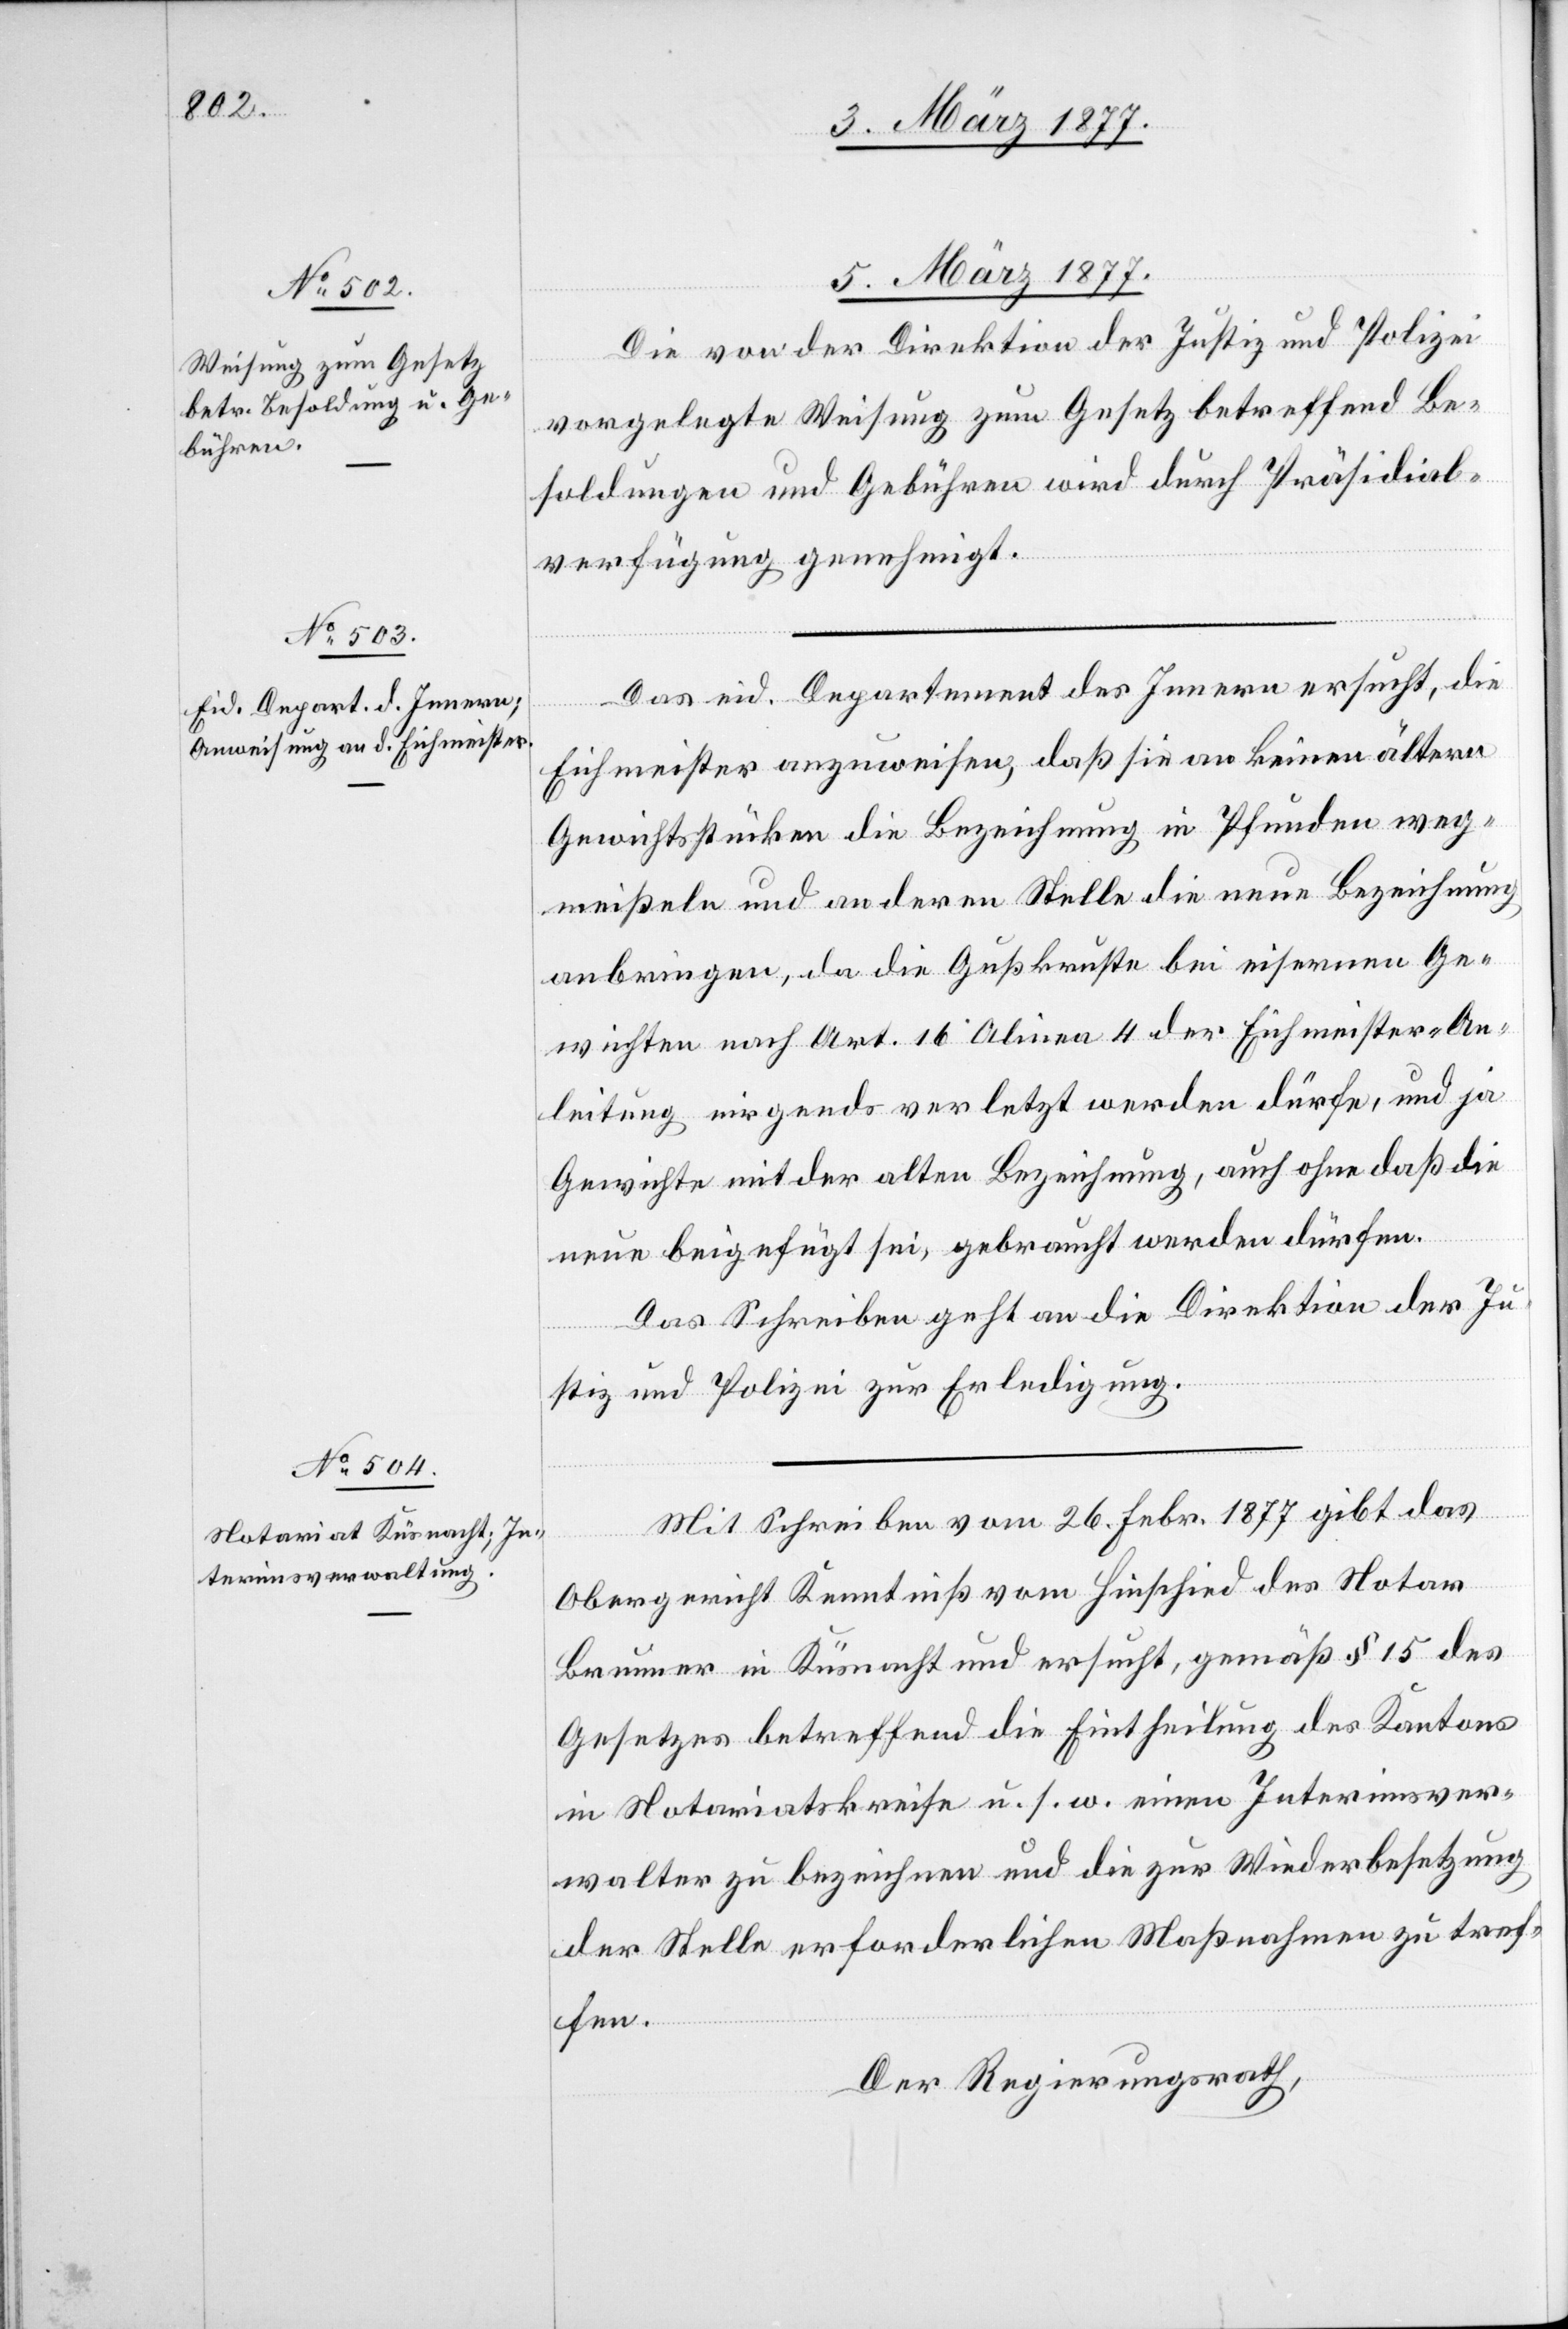
5. März 1877.]
Die von der Direktion der Justiz und Polizei
vorgelegte Weisung zum Gesetz betreffend Be¬
soldungen und Gebühren wird durch Präsidial¬
verfügung genehmigt.
Das eid. Departement des Innern ersucht, die
Eichmeister anzuweisen, daß sie an keinen ältern
Gewichtsstücken die Bezeichnung in Pfunden weg¬
meißeln und an deren Stelle die neue Bezeichnung
anbringen, da die Gußkruste bei eisernen Ge¬
wichten nach Art. 16 Alinea 4 der Eichmeister-An¬
leitung nirgends verletzt werden dürfe, und ja
Gewichte mit der alten Bezeichnung, auch ohne daß die
neue beigefügt sei, gebraucht werden dürfen.
Das Schreiben geht an die Direktion der Ju¬
stiz und Polizei zur Erledigung.
Mit Schreiben vom 26. Febr. 1877 gibt das
Obergericht Kenntniß vom Hinschied des Notar
Brunner in Küsnacht und ersucht, gemäß § 15 des
Gesetzes betreffend die Eintheilung des Kantons
in Notariatskreise u. s. w. einen Interimsver¬
walter zu bezeichnen und die zur Wiederbesetzung
der Stelle erforderlichen Maßnahmen zu tref¬
fen.
Der Regierungsrath,